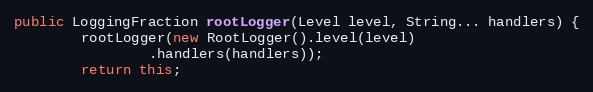
Language: Java
public LoggingFraction rootLogger(Level level, String... handlers) {
        rootLogger(new RootLogger().level(level)
                .handlers(handlers));
        return this;